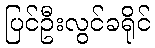
ပြင်ဦးလွင်ခရိုင်